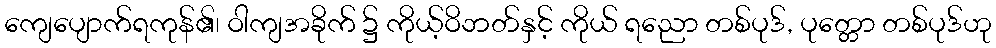
ကျေပျောက်ရကုန်၏၊ ဝါကျအခိုက် ၌ ကိုယ့်ဝိဘတ်နှင့် ကိုယ် ရညော တစ်ပုဒ်, ပုတ္တော တစ်ပုဒ်ဟု